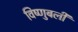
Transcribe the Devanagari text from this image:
विष्णुबली